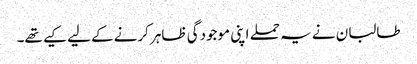
طالبان نے یہ حملے اپنی موجودگی ظاہر کرنےکے لیے کیے تھے۔